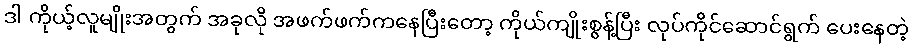
ဒါ ကိုယ့်လူမျိုးအတွက် အခုလို အဖက်ဖက်ကနေပြီးတော့ ကိုယ်ကျိုးစွန့်ပြီး လုပ်ကိုင်ဆောင်ရွက် ပေးနေတဲ့